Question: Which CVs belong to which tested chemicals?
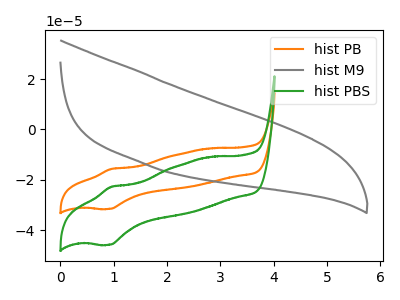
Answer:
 <answer>The orange curve is labeled "hist PB". The gray curve is labeled "hist M9". The green curve is labeled "hist PBS".</answer>
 <eval></eval>